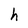
Character: h